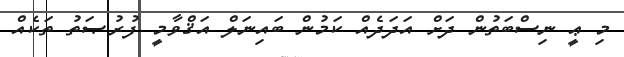
މި ޢީ ނިސްބަތުން ދަށް އަދަދެއް ކަމުން ބައިނަލް އަޤްވާމީ ފުރުޞަތު ތަކެއް